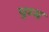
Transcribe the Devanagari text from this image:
घुम्म